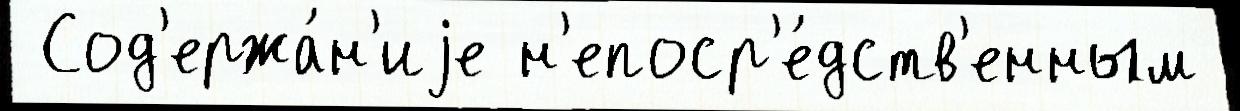
 Сод'ержа́н'иjе н'епоср'е́дств'енным